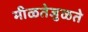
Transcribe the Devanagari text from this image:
मीळतेजुळते